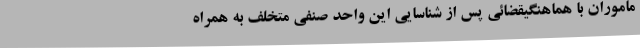
ماموران با هماهنگیقضائی پس از شناسایی این واحد صنفی متخلف به همراه